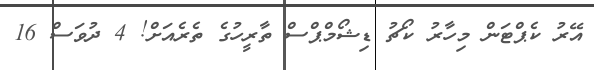
އޭރު ކެޕްޓަން މިހާރު ކޯޗު ޑިޝޯމްޕްސް ތާރީހުގެ ތެރެއަށް! 4 ދުވަސް 16